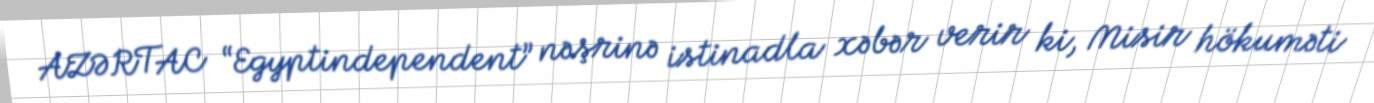
AZƏRTAC “Egyptindependent” nəşrinə istinadla xəbər verir ki, Misir hökuməti